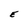
Character: E